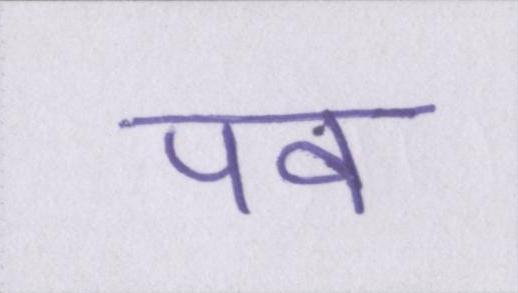
पर्वों